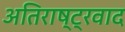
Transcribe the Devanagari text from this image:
अतिराष्ट्रवाद